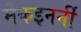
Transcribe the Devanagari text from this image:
मैकइनर्नी